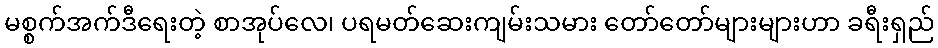
မစ္စက်အက်ဒီရေးတဲ့ စာအုပ်လေ၊ ပရမတ်ဆေးကျမ်းသမား တော်တော်များများဟာ ခရီးရှည်